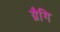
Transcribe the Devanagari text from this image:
ग्रैगि